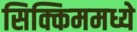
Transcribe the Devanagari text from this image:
सिक्किममध्ये